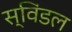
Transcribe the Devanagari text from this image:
स्विंडल